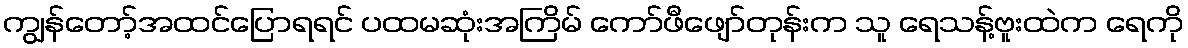
ကျွန်တော့်အထင်ပြောရရင် ပထမဆုံးအကြိမ် ကော်ဖီဖျော်တုန်းက သူ ရေသန့်ဗူးထဲက ရေကို